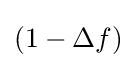
{\textstyle \left(1-\Delta f\right)}